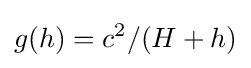
g(h)=c^{2}/(H+h)